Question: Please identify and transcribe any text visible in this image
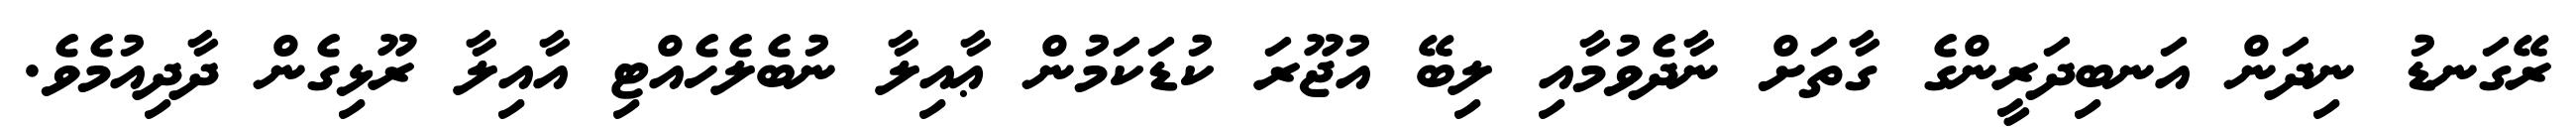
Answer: ރޭގަނޑު ނިދަން އަނބިދަރީންގެ ގާތަށް ނާދެވުމާއި ލިބޭ އުޖޫރަ ކުޑަކަމުން ޢާއިލާ ނުބެލެހެއްޓި އާއިލާ ރޫޅިގެން ދާދިއުމެވެ.